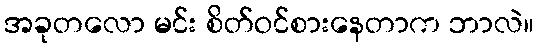
အခုတလော မင်း စိတ်ဝင်စားနေတာက ဘာလဲ။